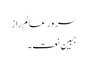
سرور عالم راز
جبینِ نعت ۔